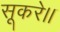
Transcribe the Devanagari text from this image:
सूकरे।।